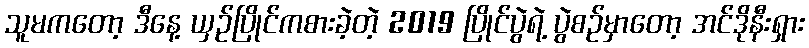
သူမကတော့ ဒီနေ့ ယှဉ်ပြိုင်ကစားခဲ့တဲ့ 2019 ပြိုင်ပွဲရဲ့ ပွဲစဉ်မှာတော့ အင်ဒိုနီးရှား